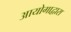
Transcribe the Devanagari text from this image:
आयोगाद्वारा